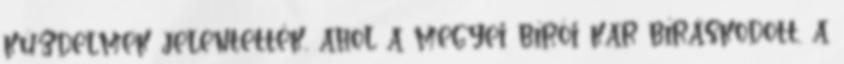
küzdelmek jelentették, ahol a megyei bírói kar bíráskodott, a